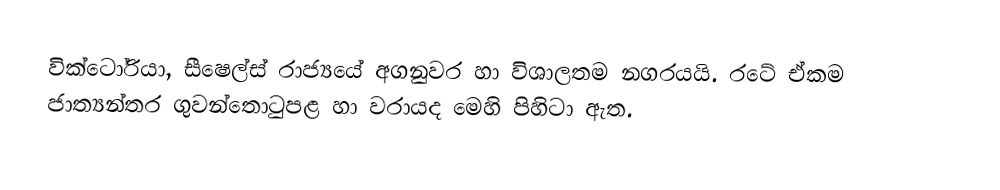
වික්ටෝරියා, සීෂෙල්ස් රාජ්‍යයේ අගනුවර හා විශාලතම නගරයයි. රටේ ඒකම ජාත්‍යන්තර ගුවන්තොටුපළ හා වරායද මෙහි පිහිටා ඇත.